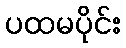
ပထမပိုင်း